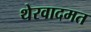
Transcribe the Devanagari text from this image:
थेरवादमत